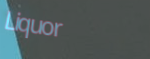
Liquor